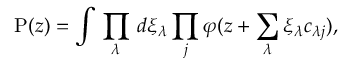
\mathrm { P } ( z ) = \int \, \prod _ { \lambda } \, d \xi _ { \lambda } \prod _ { j } \varphi ( z + \sum _ { \lambda } \xi _ { \lambda } c _ { \lambda j } ) ,